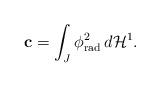
LaTeX: \begin{align*}{\bf c}=\int_{J}\phi_{\rm rad}^2\, d{\mathcal H}^1.\end{align*}